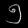
Digit: ၅